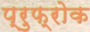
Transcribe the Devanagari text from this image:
प्रुफ्रोक